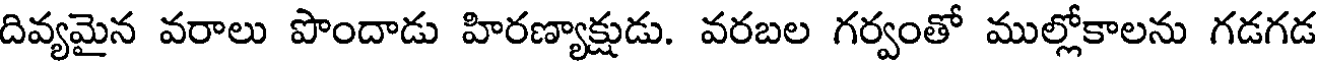
దివ్యమైన వరాలు పొందాడు హిరణ్యాక్షుడు. వరబల గర్వంతో ముల్లోకాలను గడగడ